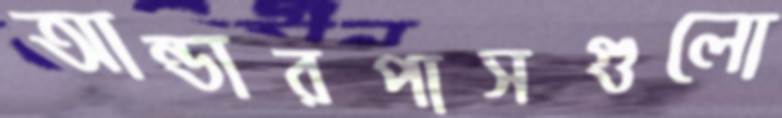
আন্ডারপাসগুলো